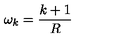
\omega _ { k } = \frac { k + 1 } { R }